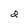
Character: d